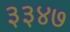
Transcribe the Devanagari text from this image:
३३४७